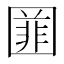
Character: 𡈚